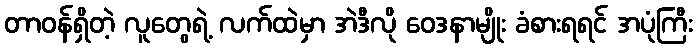
တာဝန်ရှိတဲ့ လူတွေရဲ့ လက်ထဲမှာ အဲဒီလို ဝေဒနာမျိုး ခံစားရရင် အပုံကြီး